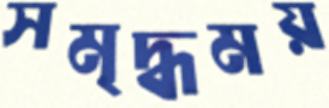
সমৃদ্ধময়